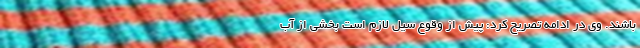
باشند. وی در ادامه تصریح کرد: پیش از وقوع سیل لازم است بخشی از آب